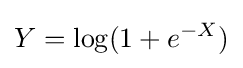
Y=\mathrm {log} (1+e^{-X})